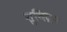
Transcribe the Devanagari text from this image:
शुचिद्रथ